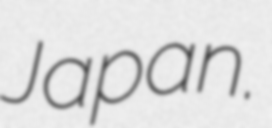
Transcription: Japan.